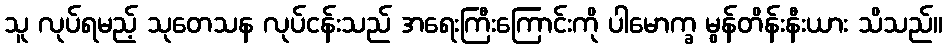
သူ လုပ်ရမည့် သုတေသန လုပ်ငန်းသည် အရေးကြီးကြောင်းကို ပါမောက္ခ မွန်တိန်းနီးယား သိသည်။